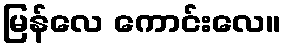
မြန်လေ ကောင်းလေ။